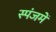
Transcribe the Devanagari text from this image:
स्पंजमें